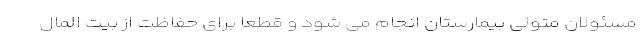
مسئولان متولی بیمارستان انجام می شود و قطعا برای حفاظت از بیت المال